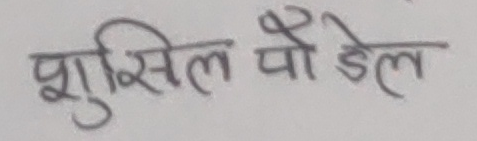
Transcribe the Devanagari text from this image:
सुशिल पौडेल